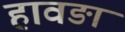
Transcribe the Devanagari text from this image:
हावङा